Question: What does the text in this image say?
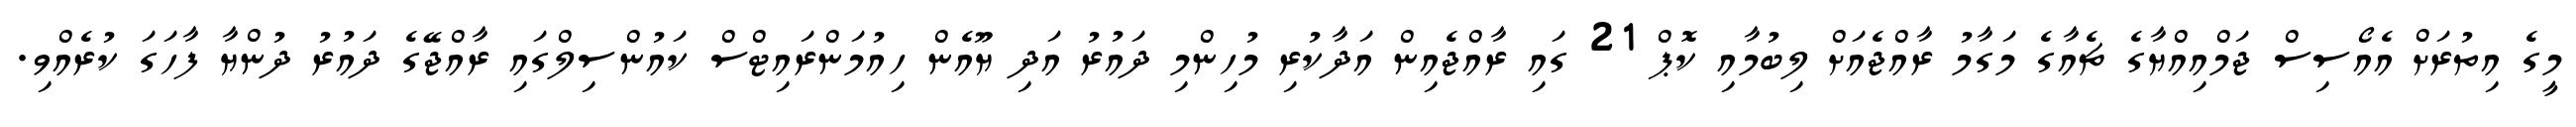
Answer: މީގެ އިތުރަށް އެއޯސިސް ޖަމްއިއްޔާގެ ޗެއާގެ މަގާމު ރާއްޖެއަށް ލިބުމާއި ކޮޕް 21 ގައި ރާއްޖެއިން އަދާކުރި މުހިންމި ދައުރު އަދި ޔޫއެން ހިއުމަންރައިޓްސް ކައުންސިލްގައި ރާއްޖޭގެ ދައުރު ދުންޔާ ފާހަގަ ކުރެއްވި.